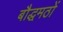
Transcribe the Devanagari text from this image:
बौद्धमठों